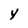
Character: y